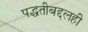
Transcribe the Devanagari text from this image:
पद्धतीबद्दलही